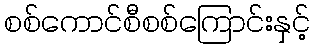
စစ်ကောင်စီစစ်ကြောင်းနှင့်